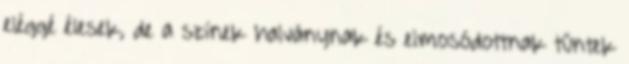
eléggé élesek, de a színek halványnak és elmosódottnak tűntek